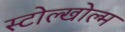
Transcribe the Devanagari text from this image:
स्टोल्खोल्म